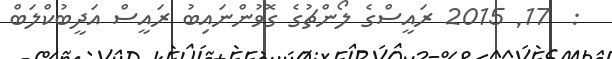
:  17